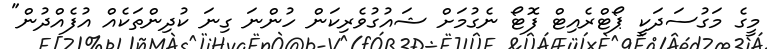
މީގެ މަގުސަދަކީ ޕޯޓްރެއިޓް ފޮޓޯ ނެގުމަށް ޝައުގުވެރިކަން ހުންނަ ގިނަ ކުދިންތަކެއް އުފެއްދުން"